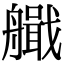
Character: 艥